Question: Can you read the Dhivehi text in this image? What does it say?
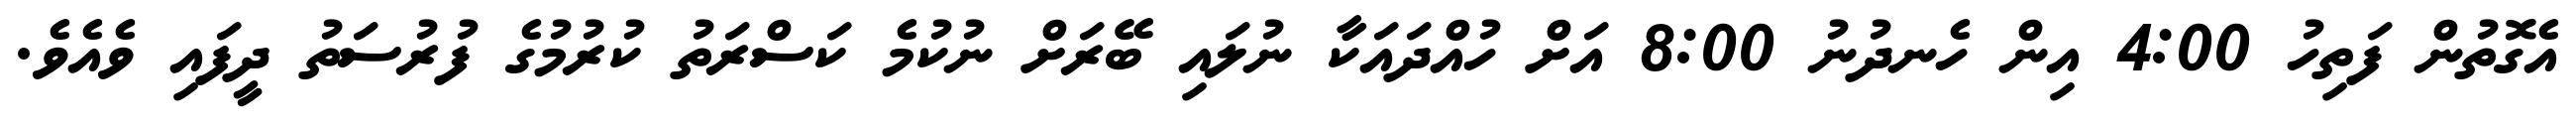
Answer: އެގޮތުން ފަތިހު 4:00 އިން ހެނދުނު 8:00 އަށް ހުއްދައަކާ ނުލައި ބޭރަށް ނުކުމެ ކަސްރަތު ކުރުމުގެ ފުރުސަތު ދީފައި ވެއެވެ.